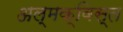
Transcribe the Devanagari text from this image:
अल्मक्विस्त